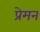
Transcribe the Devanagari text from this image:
प्रेमन